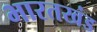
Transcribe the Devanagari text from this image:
भारतखंड